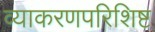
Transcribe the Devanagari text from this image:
व्याकरणपरिशिष्ट